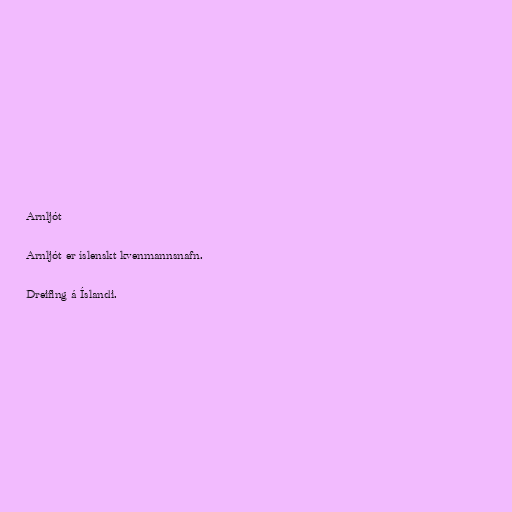
Arnljót

Arnljót er íslenskt kvenmannsnafn.

Dreifing á Íslandi.